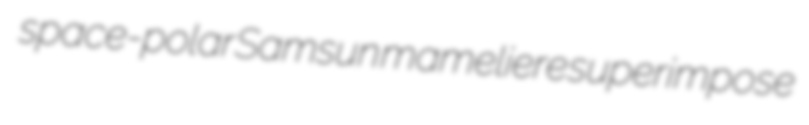
space-polar Samsun mameliere superimpose